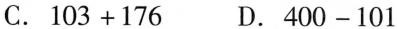
C.$$103+176$$ D.$$400-101$$